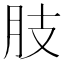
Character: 肢